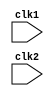
// MIPS_32BITS_ARCHITECTURE
// PIPELINED MIPS
// MOHAMED HOSSAM TAHA

module MIPS_32_BITS(clk1,clk2);
input clk1,clk2;   // two clocks
reg [31:0] PC;      //program counter
reg [31:0] IF_IR,IF_PC;   //fetch stage variables
reg [31:0] ID_IR ,ID_A,ID_B,ID_IMMEDIATE,ID_C,ID_PC;  //decoding stage variables
reg [31:0] EX_IR,EX_ALUOUT,EX_PC;            //execution stage variables
reg [31:0] M_IR,M_PC;       
reg [31:0] Reg [0:31];       //register file
reg [31:0] mem [0:1024];   //memory
reg jump=0;

parameter ADD=6'b 000000,SUB=6'b000001,AND=6'b000010,OR=6'b000011,SLT=6'b000100,MUL=6'b000101,HLT=6'b111111,LOAD=6'b001000,STORE=6'b001001,ADDI=6'b001010,SUBI=6'b001011,SLTI=6'b001100,BNEQZ=6'b001101,BEQZ=6'b001110,JUMP=6'b010000;


always @ (posedge clk1)      //fetch stage
begin
IF_IR <=#2 mem[PC];
IF_PC<=#2 PC+1;
PC <=#2 PC+1;
end

always @ (posedge clk2)                //Decoding stage
begin
ID_IR <=#2 IF_IR;
ID_PC <=#2 IF_PC;

case (IF_IR[31:26])
ADD,SUB,AND,OR,MUL,SLT:
begin
ID_A<=#2 Reg[IF_IR[25:21]];
ID_B<=#2 Reg[IF_IR[20:16]];
ID_IMMEDIATE<=#2 0;
end
LOAD,STORE,SLTI,ADDI,SUBI:
begin
ID_A<=#2 Reg[IF_IR[25:21]];
ID_B<=#2 Reg[IF_IR[20:16]];
ID_IMMEDIATE <=#2 {{16{IF_IR[15]}},IF_IR[15:0]};
end
JUMP: PC<=#2 {PC[31:28],IF_IR[25:0],2'b00};
BNEQZ:
begin
if(Reg[IF_IR[25:21]]!=0)
PC<=#2 PC + {{16{IF_IR[15]}},IF_IR[15:0]};
end
BEQZ:
begin
if(Reg[IF_IR[25:21]]==0)
PC<=#2 PC + {{16{IF_IR[15]}},IF_IR[15:0]};
end
endcase
end

always @ (posedge clk1)    //execution stage
begin
EX_IR<=#2 ID_IR;
EX_PC<=#2 ID_PC;
case (ID_IR[31:26])
ADD:   EX_ALUOUT<=#2 ID_A + ID_B;
SUB:   EX_ALUOUT<=#2 ID_A - ID_B;
AND:   EX_ALUOUT<=#2 ID_A & ID_B;
OR:   EX_ALUOUT<=#2 ID_A | ID_B;
MUL:   EX_ALUOUT<=#2 ID_A * ID_B;
SLT:   EX_ALUOUT<=#2 ID_A < ID_B;
LOAD:   EX_ALUOUT<=#2 ID_A + ID_IMMEDIATE;
STORE:   EX_ALUOUT<=#2 ID_A + ID_IMMEDIATE;
SLTI:   EX_ALUOUT<=#2 ID_A < ID_IMMEDIATE;
ADDI:   EX_ALUOUT<=#2 ID_A + ID_IMMEDIATE;
SUBI:   EX_ALUOUT<=#2 ID_A - ID_IMMEDIATE;
endcase
end


always @ (posedge clk2)    //storing stage
begin
M_IR<=#2 EX_IR;
M_PC<=#2 EX_PC;
case (EX_IR[31:26])	
ADD:  Reg[EX_IR[15:11]]<=#2 EX_ALUOUT;
SUB:   Reg[EX_IR[15:11]]<=#2 EX_ALUOUT;
AND:  Reg[EX_IR[15:11]]<=#2 EX_ALUOUT;
OR:   Reg[EX_IR[15:11]]<=#2 EX_ALUOUT;
MUL:   Reg[EX_IR[15:11]]<=#2 EX_ALUOUT;
SLT:   Reg[EX_IR[15:11]]<=#2 EX_ALUOUT;
LOAD:   Reg[EX_IR[20:16]]<=#2 mem[EX_ALUOUT];
STORE:   mem[EX_ALUOUT]<=#2 Reg[EX_IR[20:16]];
ADDI:   Reg[EX_IR[20:16]]<=#2 EX_ALUOUT;
SUBI: Reg[EX_IR[20:16]]<=#2 EX_ALUOUT;
SLTI:  Reg[EX_IR[20:16]]<=#2 EX_ALUOUT;
endcase
end
endmodule